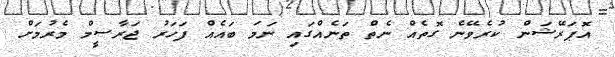
އޮޕަރޭޝަން ކުރެވޭނެ ގޮތެއް ނެތް ތަނެއްގައި ނަމަ ބައެއް ފަހަރު ޖަރާސީމް މެރުމަށް